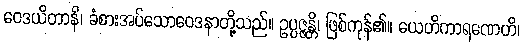
ဝေဒယိတာနိ၊ ခံစားအပ်သောဝေဒနာတို့သည်။ ဥပ္ပဇ္ဇန္တိ၊ ဖြစ်ကုန်၏။ ယေဟိကာရဏေဟိ၊